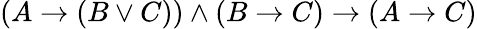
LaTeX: (A\to(B\lor C))\land(B\to C)\to(A\to C)